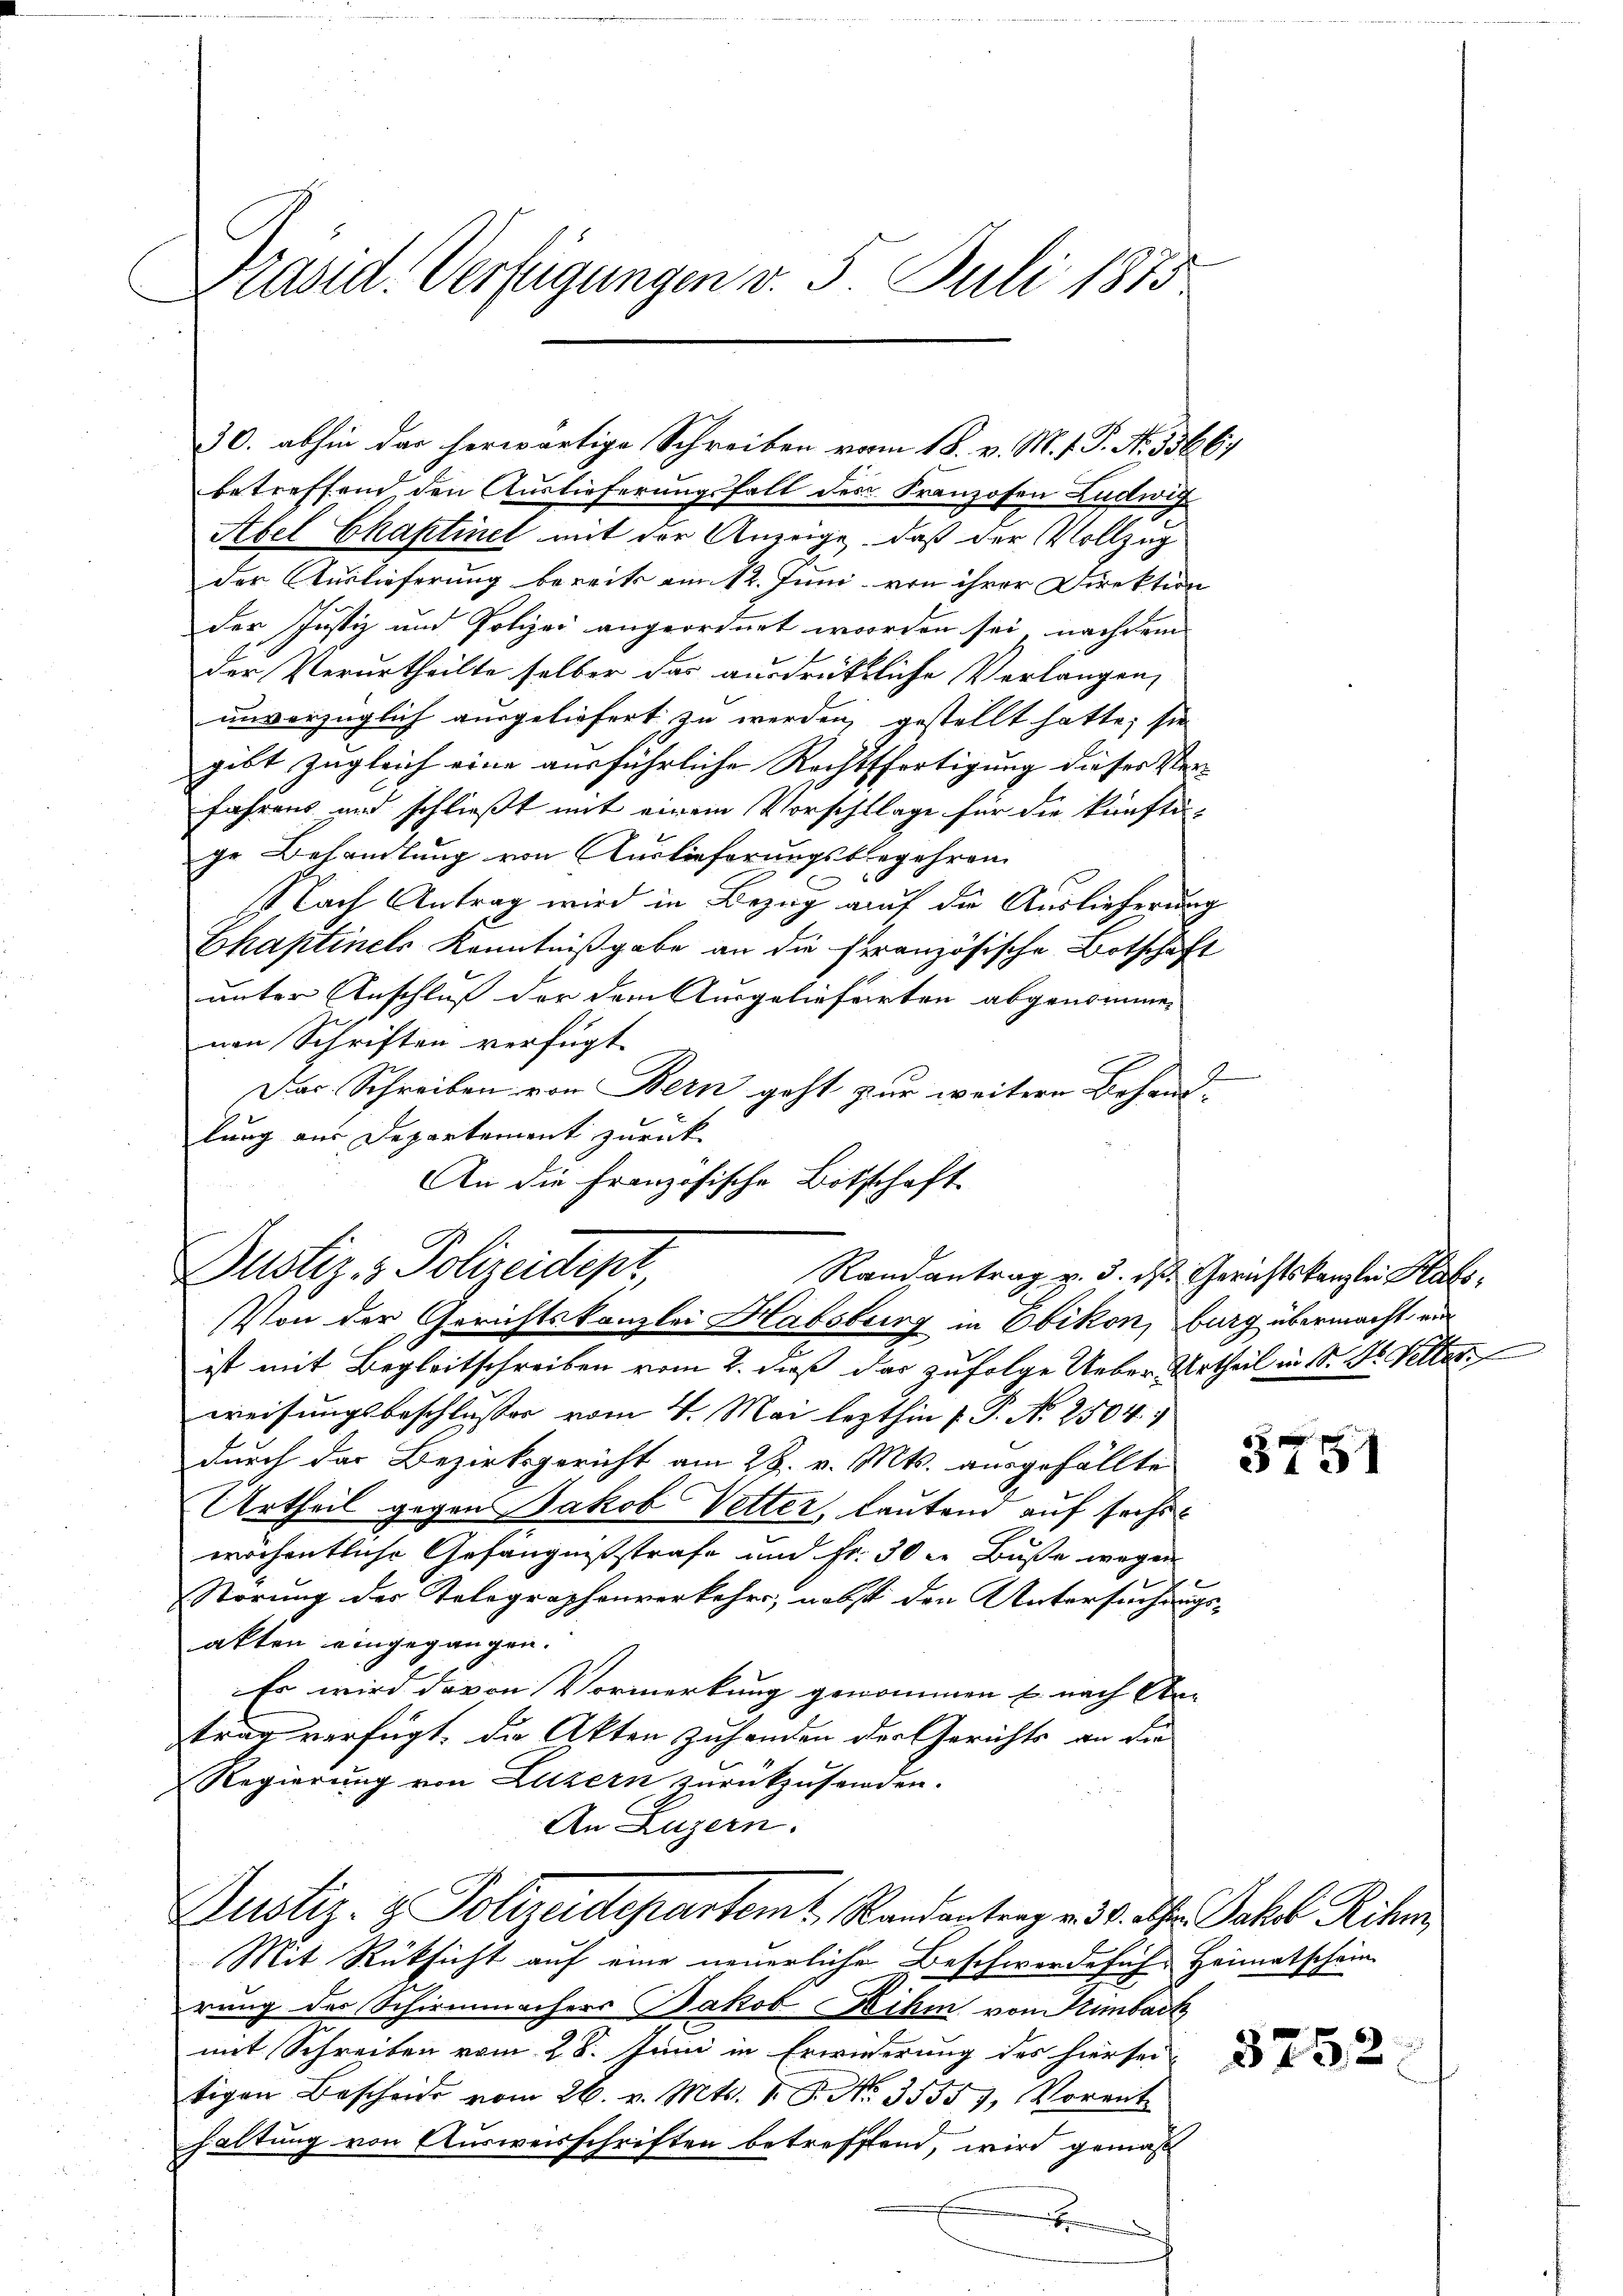
Präsid. Verfügungen v. 5. Juli 1875

30. abhin das herwärtige Schreiben vom 18. v. M. f. P. N. 35667
betreffend den Auslieferungsfall des Franzosen Ludwig
Abel Ekaptinet mit der Anzeige, daß der Vollzug
der Auslieferung bereits am 12. Juni von ihrer Direktion
der Justiz und Polizei angeordnet worden sei, nachdem
der Verurtheilte selber das ausdrüktliche Verlangen,
unverzüglich ausgeliefert zu werden gestellt hatte; sie
gibt zugleich eine ausführliche Rechtsfertigung dieser Ver-
fahrens und schließt mit einem Vorschlage für die künfti-
ge Behandlung von Auslieferungsbegehren
Nach Antrag wird in Bezug auf die Auslieferung
Chaptinets Kenntnißgabe an die französische Botschaft
unter Anschluß der dem Ausgelieferten abgenommen
nen Schriften verfügt:
Das Schreiben von Bern geht zur weitere Behand-
lung aus Departement zurück-
An die französische Botschaft.

ist mit Begleitschreiben vom 2. daß das zufolge Ueber-Urtheil in Sr. Dr. Selter
weisungsbeschlusses vom 4. Mai lezthin 1 S. N. 2504.
durch das Bezirksgericht am 28. v. Mts. ausgefällte
Urtheil gegen Jakob Vetter, lautend auf sechswöchentliche Gefängnißstrafe und Fr. 30 x Buße wegen
Störung des Telegraphenverkehrs, nebst den Untersuchungs- |
akten eingegangen.
Es wird davon Vormerkung genommen u. nach An-
trag verfügt, die Akten Zuhanden der Gerichts an die
Regierung von Luzern zurückzusenden.
An Luzern.
Justiz- & Polizeidepartemt, Randantrag v. 30. Apr. Jakob Rihm
Mit Rüksicht auf eine neuerliche Beschwerdeführ Heimatschein
rung des Schirmmachers Jakob ihm von Hinbacht
mit Schreiben vom 28. Juni in Erwiederung der hiersei
tigen Bescheid vom 26. v. Mts. 1. P. No. 35357, Vorent-
haltung von Ausweisschriften betreffend, wird gemäß
e
.

Dustiz- & Polizeidepr
Randantrag v. 3. ds. Gerichtskanzlei Kas¬
Von der Gerichtskanzlei Habsburg in Obikon, burg übermacht, au

3751